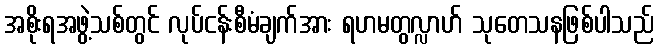
အစိုးရအဖွဲ့သစ်တွင် လုပ်ငန်းစီမံချက်အား ရဟမတွလ္လာဟ် သုတေသနဖြစ်ပါသည်